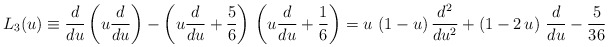
\begin{align*}L_3(u) \equiv \frac{d}{du}\left(u\frac{d}{du}\right)- \left(u\frac{d}{du} +\frac{5}{6}\right)\, \left(u\frac{d}{du} +\frac{1}{6} \right )= u \, \left(1 - u \right) \frac{d^2}{du^2} +\left(1-2 \, u\right)\, \frac{d}{du} - \frac{5}{36}\end{align*}